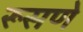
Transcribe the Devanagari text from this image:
रूसणे